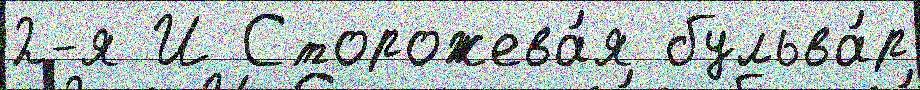
2-я И Сторожева́я бульва́р